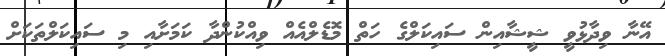
އޭނާ ވިދާޅުވީ ޝީޝާއިން ސައިކަލްގެ ހަތް މޮޑެލްއެއް ވިއްކުންދާ ކަމަށާއި މި ސައިކަލްތަކަށް